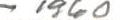
- 1960